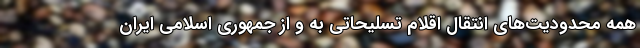
همه محدودیت‌های انتقالِ اقلام تسلیحاتی به و از جمهوری اسلامی ایران